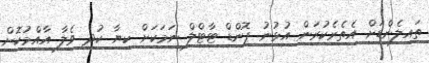
ތައިލެންޑަށް އެތެރެކުރަން އުޅުނު ޕޮންޑް ޓާޓްލް ނަމަކަށް ކިޔާ ކުދި ވެލާ އާއްމުކޮށް